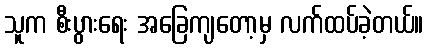
သူက စီးပွားရေး အခြေကျတော့မှ လက်ထပ်ခဲ့တယ်။